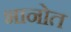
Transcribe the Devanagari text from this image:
भानोत